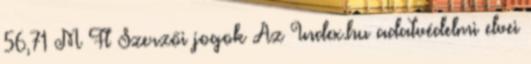
56,71 M Ft Szerzői jogok Az Index.hu adatvédelmi elvei